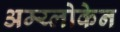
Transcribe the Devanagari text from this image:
अम्य्लोकेन